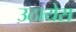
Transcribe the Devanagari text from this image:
उठायेस